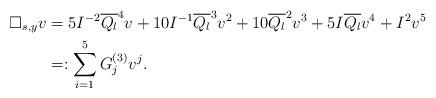
LaTeX: \begin{align*} \Box_{s,y} v &= 5 I^{-2} \overline{Q_l}^4 v + 10 I^{-1} \overline{Q_l}^3 v^2 + 10 \overline{Q_l}^2 v^3 + 5 I \overline{Q_l} v^4 + I^2 v^5 \\&=:\sum_{i=1}^5 G_j^{(3)} v^j.\end{align*}